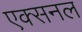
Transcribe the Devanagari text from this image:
एक्सनल